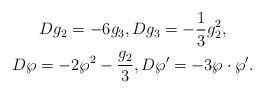
LaTeX: \begin{gather*}Dg_2 = -6g_3, Dg_3 = -\frac 1 3 g_2^2,\\D\wp = -2\wp^2 - \frac{g_2}3,D\wp' = -3\wp\cdot\wp'. \end{gather*}